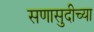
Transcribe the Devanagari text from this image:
सणासुदीच्या